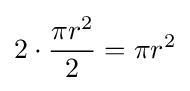
2\cdot {\frac {\pi r^{2}}{2}}=\pi r^{2}